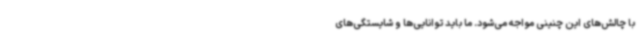
با چالش‌های این چنینی مواجه می‌شود. ما باید توانایی‌ها و شایستگی‌های